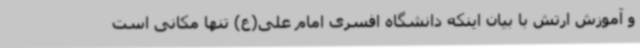
و آموزش ارتش با بیان اینکه دانشگاه افسری امام علی(ع) تنها مکانی است